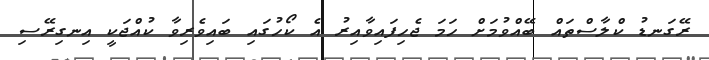
ރޭގަނޑު ކްލާސްތައް ބޭއްވުމަށް ހަމަ ޖެހިފައިވާއިރު އެ ކޯހުގައި ބައިވެރިވާ ކުއްޖަކީ އިނގިރޭސި